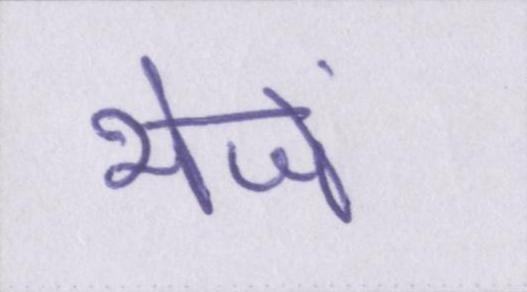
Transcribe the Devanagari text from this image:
भेजें